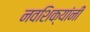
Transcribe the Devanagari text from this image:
नवशिक्यांनी